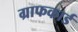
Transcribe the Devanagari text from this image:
ग्राफकार्ड